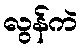
လွန်ကဲ